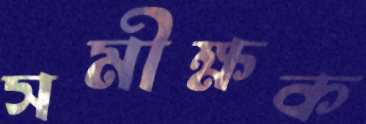
সমীক্ষক